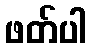
ဖတ်ပါ